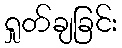
ရှုတ်ချခြင်း